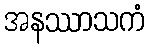
အနဿာသကံ